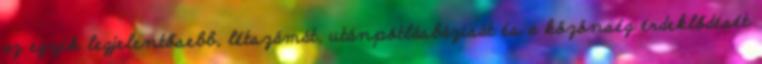
az egyik legjelentősebb, létszámát, utánpótlásbázisát és a közönség érdeklődését